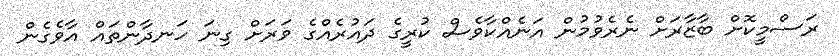
ރަސްމީކޮށް ބާޒާރަށް ނެރެވުމުން އަނެއްކާވެސް ކުރީގެ ދައުރެއްގެ ވަރަށް ގިނަ ހަނދާންތައް އާވެގެން